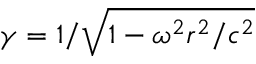
\gamma = 1 / \sqrt { 1 - \omega ^ { 2 } r ^ { 2 } / c ^ { 2 } }